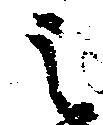
之